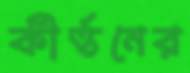
কীর্ত্তনের